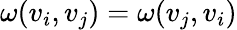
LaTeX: \omega(v_{i},v_{j})=\omega(v_{j},v_{i})